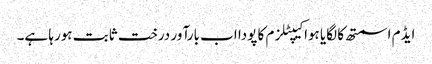
ایڈم اسمتھ کا لگایا ہوا کیپٹلزم کا پودا اب بارآور درخت ثابت ہورہا ہے۔